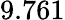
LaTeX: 9.761